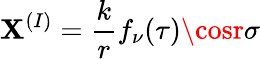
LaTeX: \mathbf{X}^{(I)}={\displaystyle\frac{{k}}{{r}}f_{\nu}(\tau)\cosr\sigma}